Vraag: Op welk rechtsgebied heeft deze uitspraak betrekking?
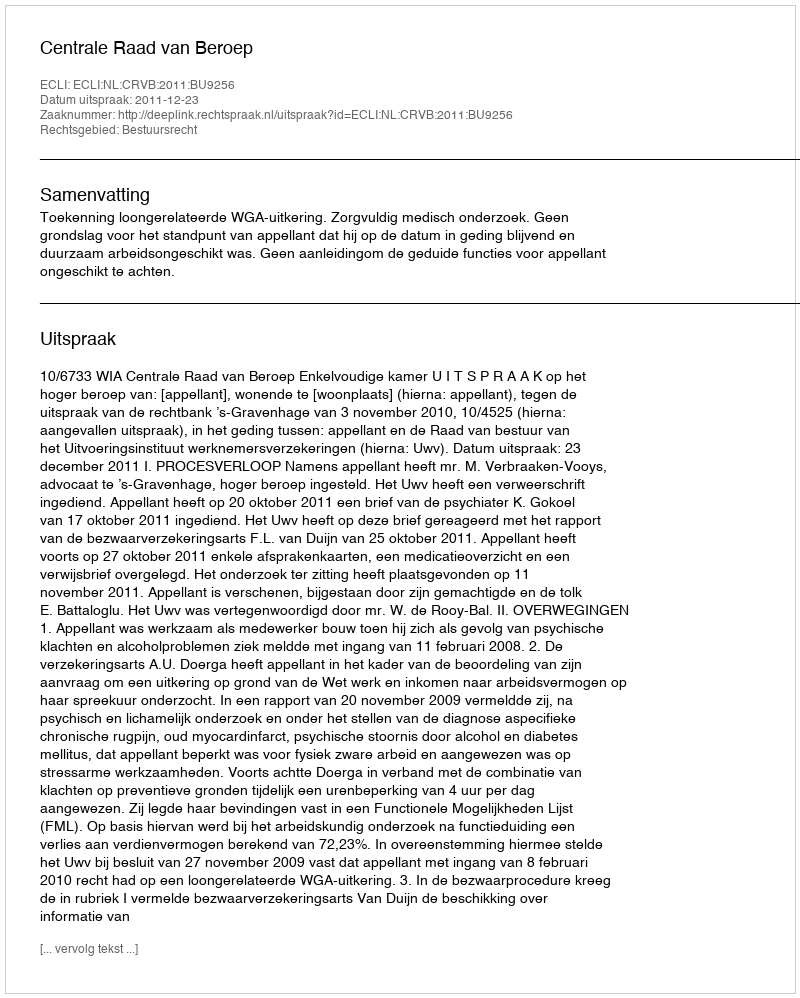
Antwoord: Bestuursrecht